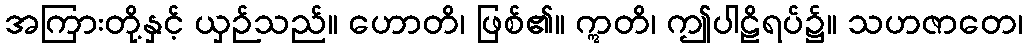
အကြားတို့နှင့် ယှဉ်သည်။ ဟောတိ၊ ဖြစ်၏။ ဣတိ၊ ဤပါဠိရပ်၌။ သဟဇာတေ၊